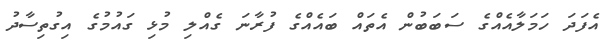
އެފަދަ ހަމަލާއެއްގެ ސަބަބުން އެތައް ބައެއްގެ ފުރާނަ ގެއްލި މުޅި ގައުމުގެ އިގުތިސާދު